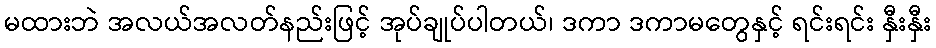
မထားဘဲ အလယ်အလတ်နည်းဖြင့် အုပ်ချုပ်ပါတယ်၊ ဒကာ ဒကာမတွေနှင့် ရင်းရင်း နှီးနှီး